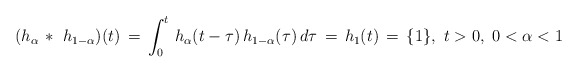
\begin{align*}(h_\alpha\, *\ h_{1-\alpha})(t) \, = \, \int_0^t \, h_\alpha(t-\tau)\, h_{1-\alpha}(\tau)\, d\tau \, = \, h_1(t)\, = \, \{1\},\ t>0,\ 0<\alpha < 1\end{align*}